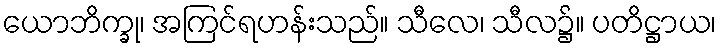
ယောဘိက္ခု၊ အကြင်ရဟန်းသည်။ သီလေ၊ သီလ၌။ ပတိဋ္ဌာယ၊